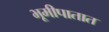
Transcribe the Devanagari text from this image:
भूमीपातात